Veterinary [1904] -
Year: 1904
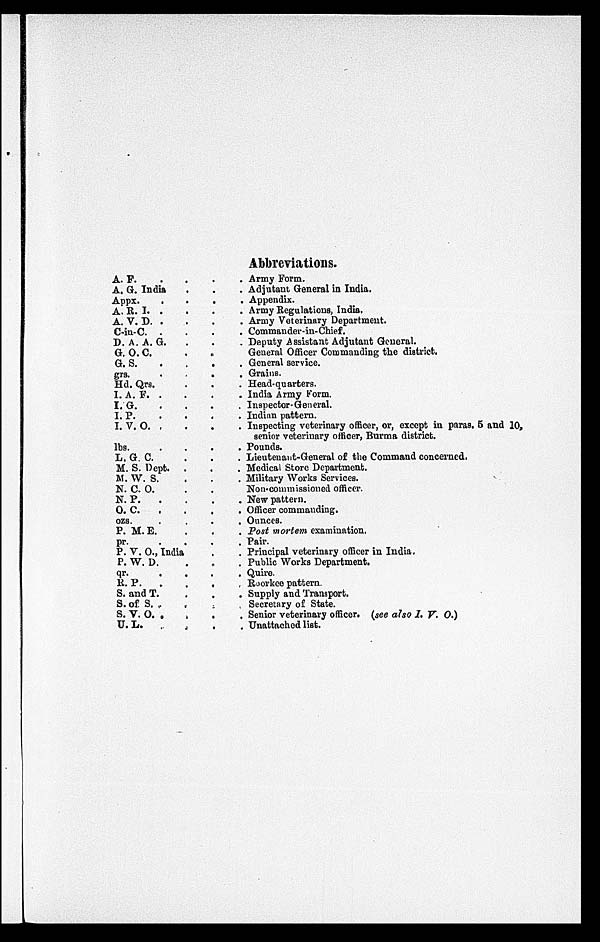
Abbreviations.
A. F.
....
A. G. India...
Appx.
....
A. R. I.
.
..
.
A.V.D. .
.. .
C-in-C.
....
D. A. A.
G....
G. O. C....
G. S.
....
grs.
....
Hd. Qrs....
I. A. F.
....
I. G....
I. P.
....
I. V. O. ....
lbs....
L. G.
C...
M. S. Dept....
M. W.
S....
N. C. O....
N.
P..
.
.
.
O. C.
....
ozs. ....
P. M.
E....
pr. ....
P. V.
O.,
India...
P. W.
D....
qr.
....
R. P.
....
S. and T....
S. of S.
....
S. V. O. ....
U. L.
....
Army Form.
Adjutant General in India.
Appendix.
Army Regulations, India.
Army Veterinary Department.
Commander-in-Chief.
Deputy Assistant Adjutant General.
General Officer Commanding the district.
General service.
Grains.
Head-quarters.
India Army Form.
Inspector-General.
Indian pattern.
Inspecting veterinary officer, or, except in paras. 5 and 10,
senior veterinary officer, Burma district.
Pounds.
Lieutenant-General of the Command concerned.
Medical Store Department.
Military Works Services.
Non-commissioned officer.
New pattern.
Officer commanding.
Ounces.
Post mortem examination.
Pair.
Principal veterinary officer in India.
Public Works Department.
Quire.
Roorkee pattern.
Supply and Transport.
Secretary of State.
Senior veterinary officer. (see also I. V. O.)
Unattached list.